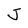
Character: J